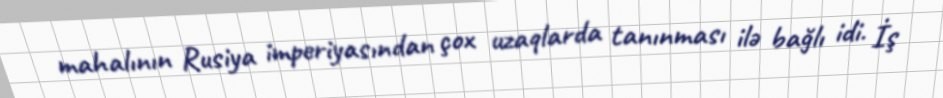
mahalının Rusiya imperiyasından çox uzaqlarda tanınması ilə bağlı idi. İş